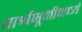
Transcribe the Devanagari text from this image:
पार्श्वभूमीमध्ये